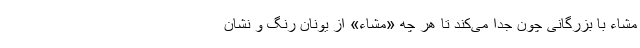
مشاء با بزرگانی چون جدا می‌کند تا هر چه «مشاء» از یونان رنگ و نشان